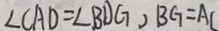
\angle C A D = \angle B D G , B G = A C